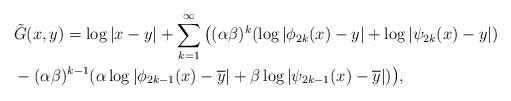
LaTeX: \begin{align*}&\tilde{G}(x,y)=\log|x-y|+\sum_{k=1}^\infty\big((\alpha\beta)^k(\log|\phi_{2k}(x)-y|+\log|\psi_{2k}(x)-y|)\\&-(\alpha\beta)^{k-1}(\alpha\log|\phi_{2k-1}(x)-\overline{y}|+\beta\log|\psi_{2k-1}(x)-\overline{y}|) \big),\end{align*}